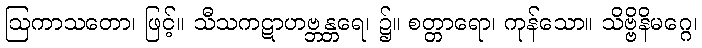
ဩကာသတော၊ ဖြင့်။ သီသကဋာဟဗ္ဘန္တရေ၊ ၌။ စတ္တာရော၊ ကုန်သော။ သိဗ္ဗိနိမဂ္ဂေ၊